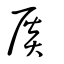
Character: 扊